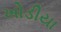
ખોડીયા